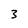
Character: 3